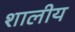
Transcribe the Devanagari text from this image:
शालीय